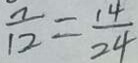
\frac { 7 } { 1 2 } = \frac { 1 4 } { 2 4 }